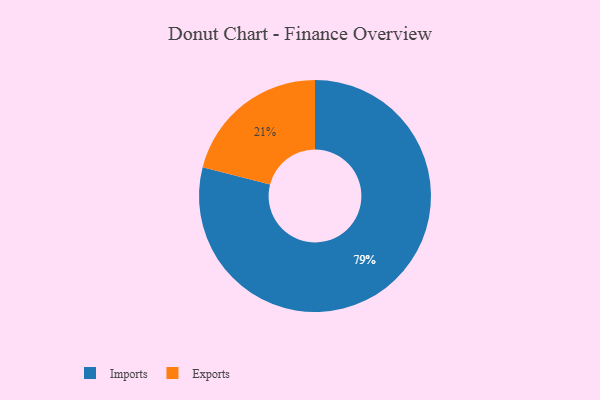
{"axis": {"x": "Category", "y": "Percentage"}, "legend": ["Exports", "Imports"], "data": [{"x": "Imports", "y": 79, "type": "Imports"}, {"x": "Exports", "y": 21, "type": "Exports"}]}